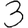
Digit: 3